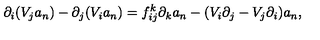
\partial _ { i } ( V _ { j } a _ { n } ) - \partial _ { j } ( V _ { i } a _ { n } ) = f _ { i j } ^ { k } \partial _ { k } a _ { n } - ( V _ { i } \partial _ { j } - V _ { j } \partial _ { i } ) a _ { n } ,